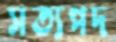
সত্যপদ